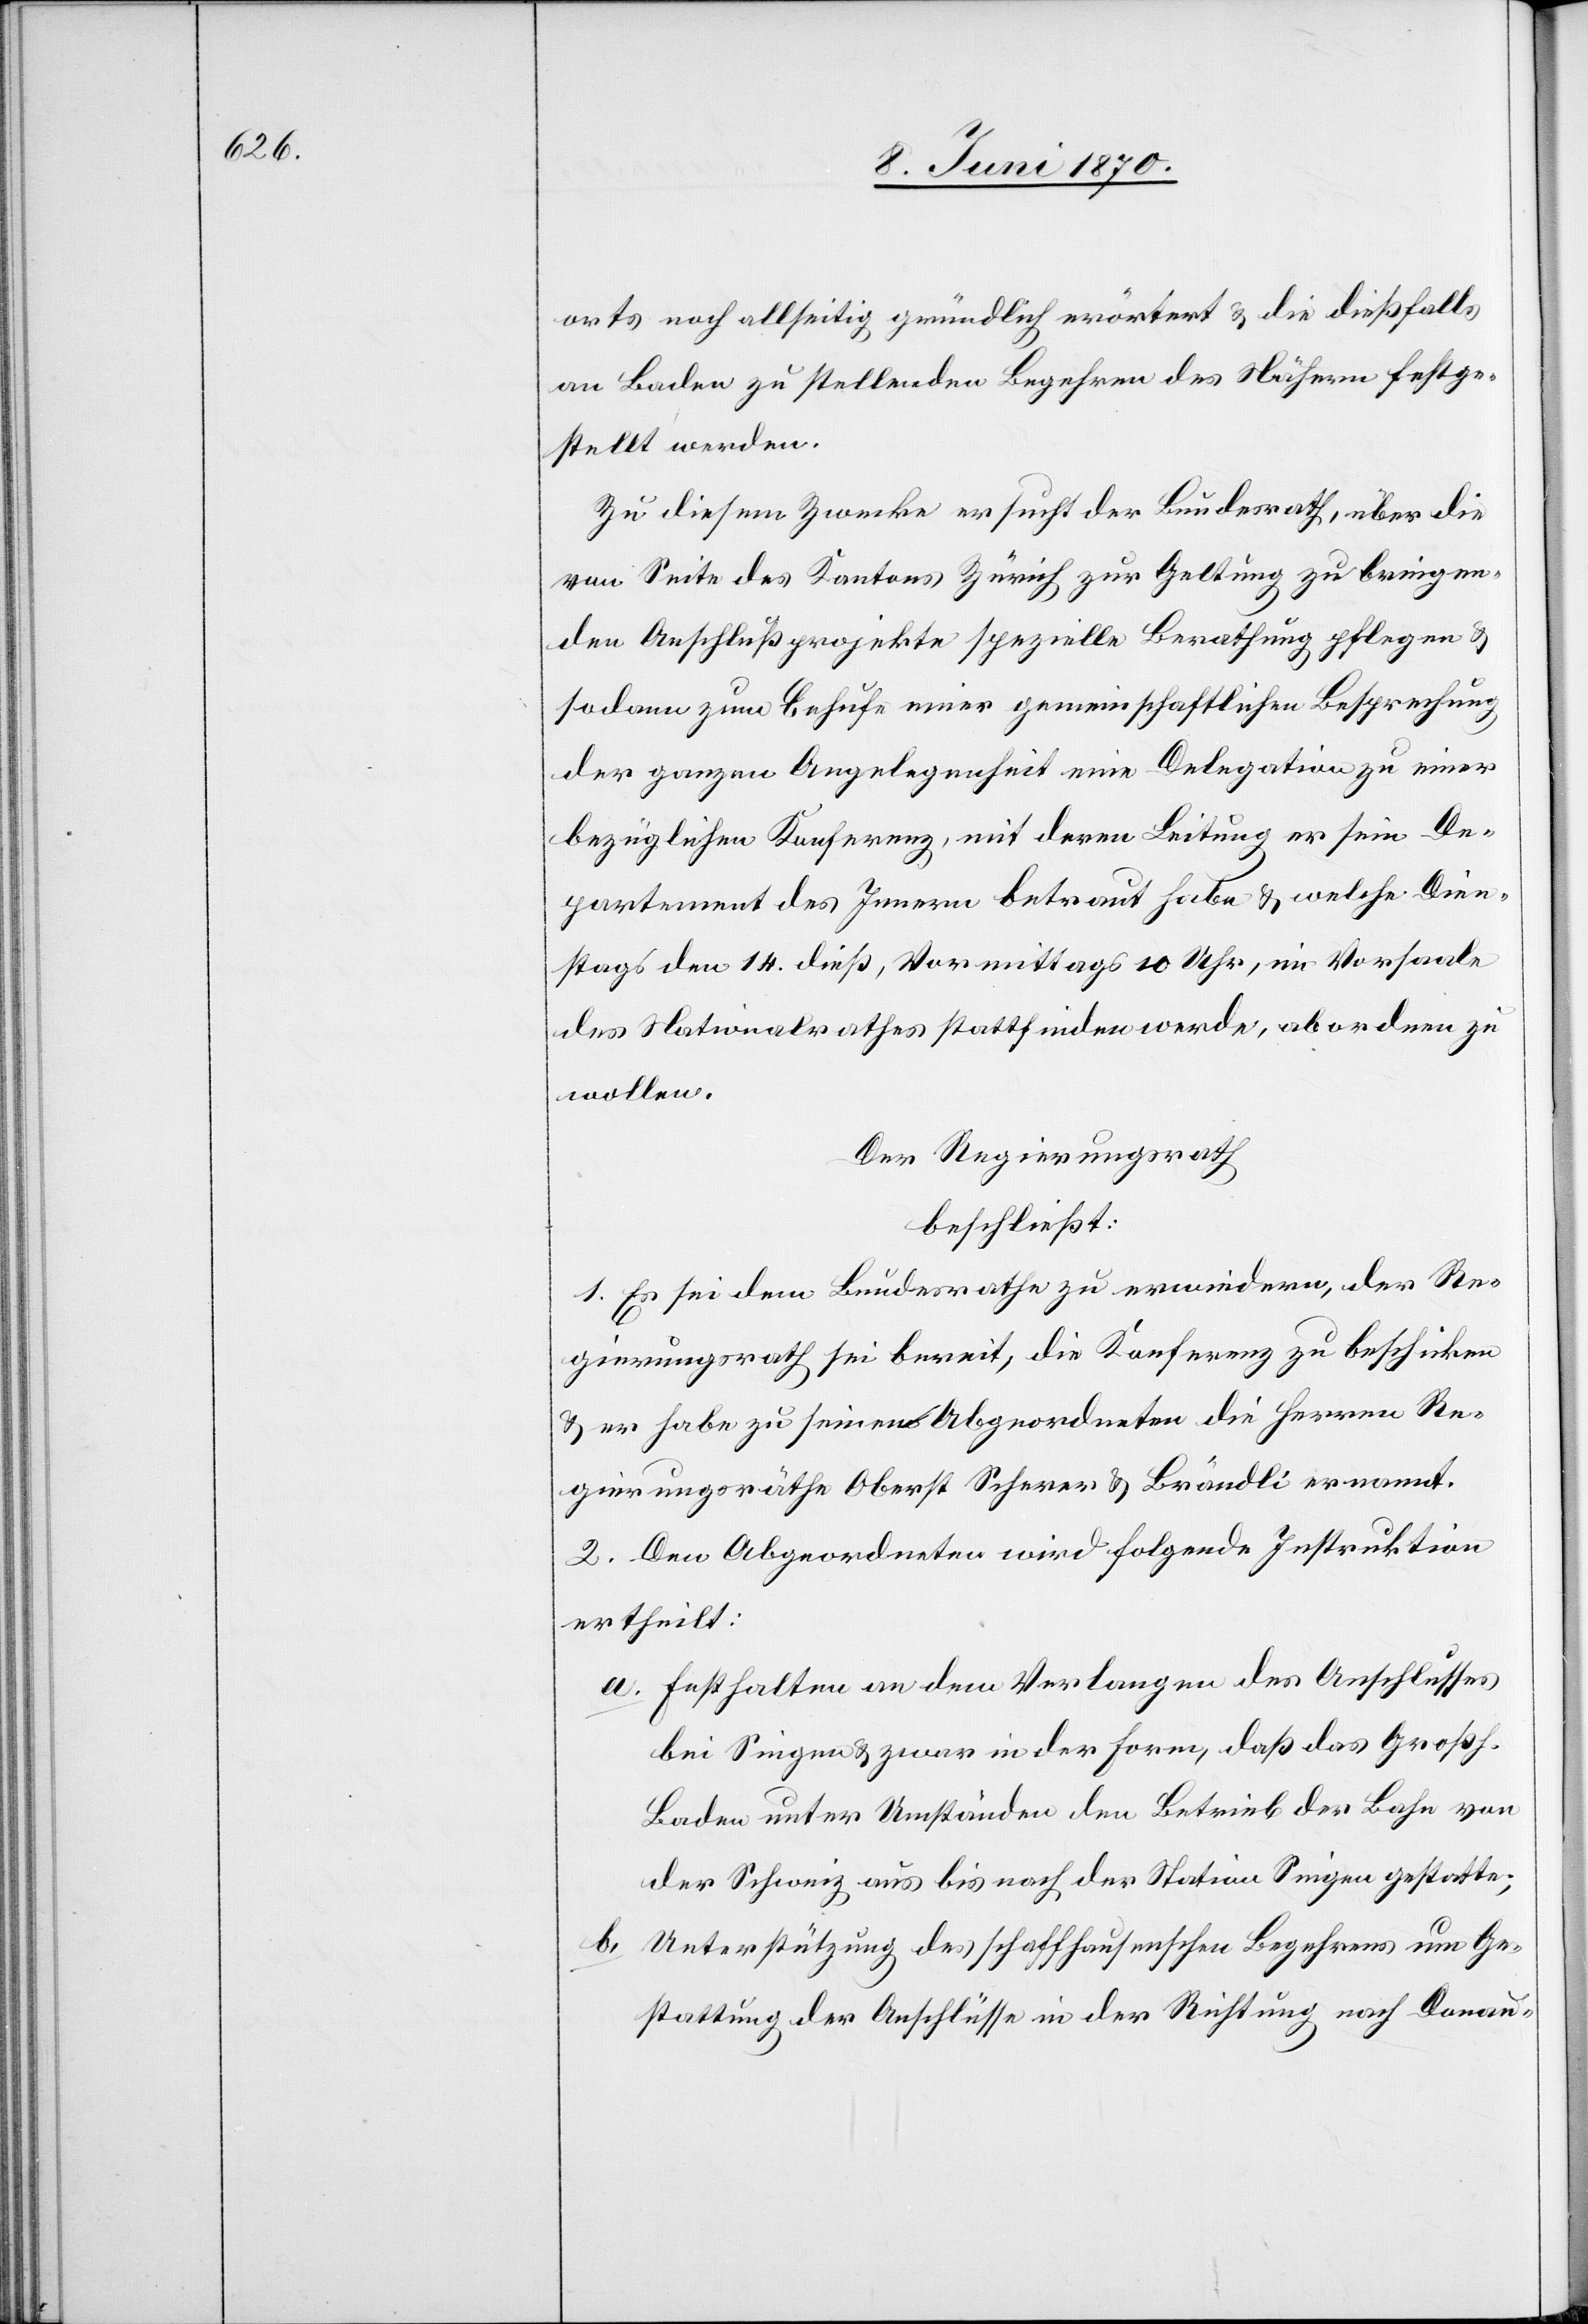
orts noch allseitig gründlich erörtert & die dießfalls
an Baden zu stellenden Begehren des Nähern festge¬
stellt werden.
Zu diesem Zwecke ersucht der Bundesrath, über die
von Seite des Kantons Zürich zur Geltung zu bringen¬
den Anschlußprojekte spezielle Berathung [zu] pflegen &
sodann zum Behufe einer gemeinschaftlichen Besprechung
der ganzen Angelegenheit eine Delegation zu einer
bezüglichen Konferenz, mit deren Leitung er sein De¬
partement des Innern betraut habe & welche Dien¬
stags den 14. dieß, Vormittags 10 Uhr, im Vorsaale
des Nationalrathes stattfinden werde, abordnen zu
wollen.
Der Regierungsrath
beschließt:
1. Es sei dem Bundesrathe zu erwiedern, der Re¬
gierungsrath sei bereit, die Konferenz zu beschicken
& er habe zu seinen Abgeordneten die Herren Re¬
gierungsräthe Oberst Scherer & Brändli ernannt.
2. Den Abgeordneten wird folgende Instruktion
ertheilt:
a. Festhalten an dem Verlangen des Anschlusses
bei Singen & zwar in der Form, daß das Großh.
Baden unter Umständen den Betrieb der Bahn von
der Schweiz aus bis nach der Station Singen gestatte;
b. Unterstützung des schaffhausenschen Begehrens um Ge¬
stattung der Anschlüsse in der Richtung nach Donau-